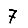
Digit: 7